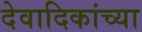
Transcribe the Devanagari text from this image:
देवादिकांच्या